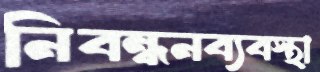
নিবন্ধনব্যবস্থা